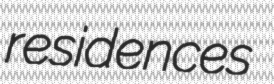
residences